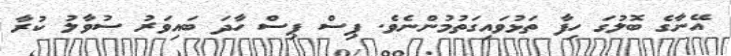
އޭނާގެ ބޮލުގަ ހިފާ ތަޅުވައިގަތުމުންނެވެ. ޕިސް ޕިސް ހާދަ ބައިވަރު ސުވާލު ކުރާ